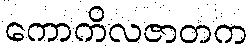
ကောကိလဇာတက